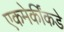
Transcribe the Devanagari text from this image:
एकमेकींकडे